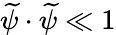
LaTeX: \widetilde\psi\cdot\widetilde\psi\ll 1